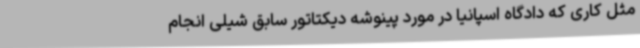
مثل کاری که دادگاه اسپانیا در مورد پینوشه دیکتاتور سابق شیلی انجام